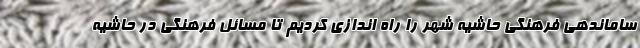
ساماندهی فرهنگی حاشیه شهر را راه اندازی کردیم تا مسائل فرهنگی در حاشیه